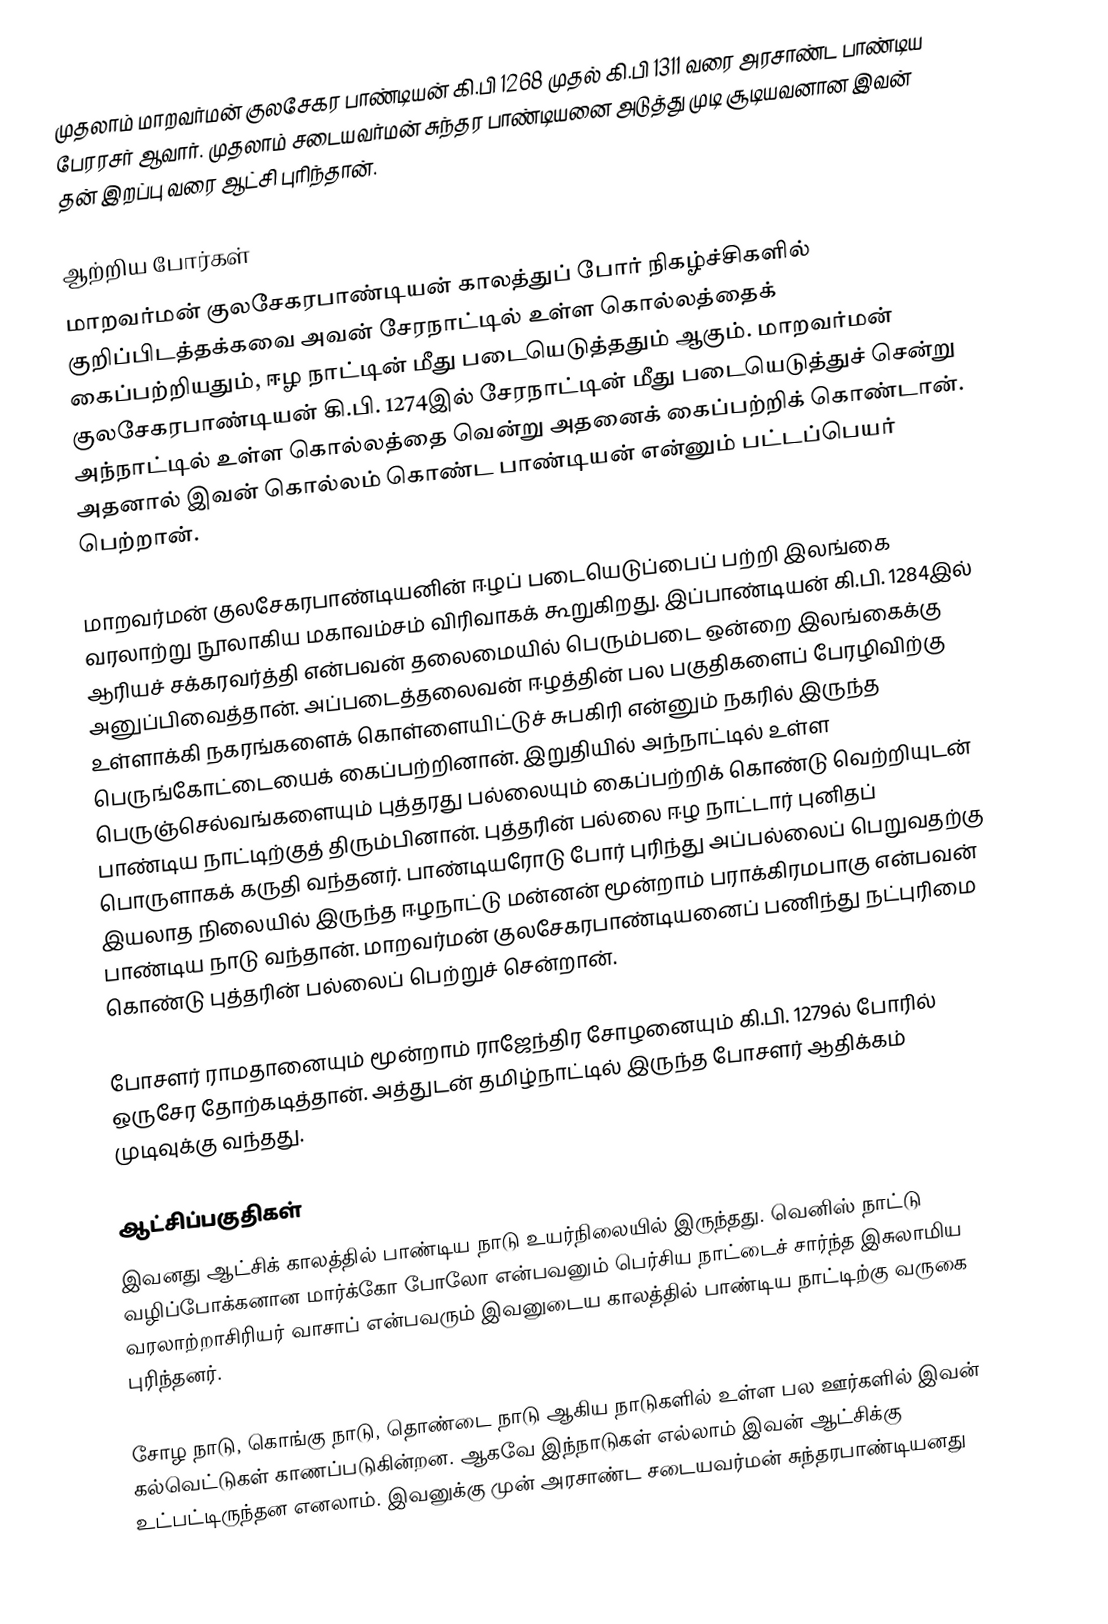
முதலாம் மாறவர்மன் குலசேகர பாண்டியன் கி.பி 1268 முதல் கி.பி 1311 வரை அரசாண்ட பாண்டிய பேரரசர் ஆவார். முதலாம் சடையவர்மன் சுந்தர பாண்டியனை அடுத்து முடி சூடியவனான இவன் தன் இறப்பு வரை ஆட்சி புரிந்தான்.

ஆற்றிய போர்கள்
மாறவர்மன் குலசேகரபாண்டியன் காலத்துப் போர் நிகழ்ச்சிகளில் குறிப்பிடத்தக்கவை அவன் சேரநாட்டில் உள்ள கொல்லத்தைக் கைப்பற்றியதும், ஈழ நாட்டின் மீது படையெடுத்ததும் ஆகும். மாறவர்மன் குலசேகரபாண்டியன் கி.பி. 1274இல் சேரநாட்டின் மீது படையெடுத்துச் சென்று அந்நாட்டில் உள்ள கொல்லத்தை வென்று அதனைக் கைப்பற்றிக் கொண்டான். அதனால் இவன் கொல்லம் கொண்ட பாண்டியன் என்னும் பட்டப்பெயர் பெற்றான்.

மாறவர்மன் குலசேகரபாண்டியனின் ஈழப் படையெடுப்பைப் பற்றி இலங்கை வரலாற்று நூலாகிய மகாவம்சம் விரிவாகக் கூறுகிறது. இப்பாண்டியன் கி.பி. 1284இல் ஆரியச் சக்கரவர்த்தி என்பவன் தலைமையில் பெரும்படை ஒன்றை இலங்கைக்கு அனுப்பிவைத்தான். அப்படைத்தலைவன் ஈழத்தின் பல பகுதிகளைப் பேரழிவிற்கு உள்ளாக்கி நகரங்களைக் கொள்ளையிட்டுச் சுபகிரி என்னும் நகரில் இருந்த பெருங்கோட்டையைக் கைப்பற்றினான். இறுதியில் அந்நாட்டில் உள்ள பெருஞ்செல்வங்களையும் புத்தரது பல்லையும் கைப்பற்றிக் கொண்டு வெற்றியுடன் பாண்டிய நாட்டிற்குத் திரும்பினான். புத்தரின் பல்லை ஈழ நாட்டார் புனிதப் பொருளாகக் கருதி வந்தனர். பாண்டியரோடு போர் புரிந்து அப்பல்லைப் பெறுவதற்கு இயலாத நிலையில் இருந்த ஈழநாட்டு மன்னன் மூன்றாம் பராக்கிரமபாகு என்பவன் பாண்டிய நாடு வந்தான். மாறவர்மன் குலசேகரபாண்டியனைப் பணிந்து நட்புரிமை கொண்டு புத்தரின் பல்லைப் பெற்றுச் சென்றான்.

போசளர் ராமதானையும் மூன்றாம் ராஜேந்திர சோழனையும் கி.பி. 1279ல் போரில் ஒருசேர தோற்கடித்தான். அத்துடன் தமிழ்நாட்டில் இருந்த போசளர் ஆதிக்கம் முடிவுக்கு வந்தது.

ஆட்சிப்பகுதிகள்
இவனது ஆட்சிக் காலத்தில் பாண்டிய நாடு உயர்நிலையில் இருந்தது. வெனிஸ் நாட்டு வழிப்போக்கனான மார்க்கோ போலோ என்பவனும் பெர்சிய நாட்டைச் சார்ந்த இசுலாமிய வரலாற்றாசிரியர் வாசாப் என்பவரும் இவனுடைய காலத்தில் பாண்டிய நாட்டிற்கு வருகை புரிந்தனர்.

சோழ நாடு, கொங்கு நாடு, தொண்டை நாடு ஆகிய நாடுகளில் உள்ள பல ஊர்களில் இவன் கல்வெட்டுகள் காணப்படுகின்றன. ஆகவே இந்நாடுகள் எல்லாம் இவன் ஆட்சிக்கு உட்பட்டிருந்தன எனலாம். இவனுக்கு முன் அரசாண்ட சடையவர்மன் சுந்தரபாண்டியனது